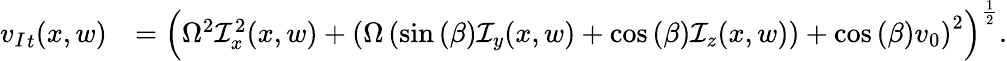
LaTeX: \begin{array}{rl}{{v_{I}}_{t}(x,w)}&{=\left(\Omega^{2}\mathcal{I}_{x}^{2}(x,w)+\left(\Omega\left(\sin{(\beta)}\mathcal{I}_{y}(x,w)+\cos{(\beta)}\mathcal{I}_{z}(x,w)\right)+\cos{(\beta)}v_{0}\right)^{2}\right)^{\frac{1}{2}}.}\end{array}